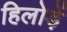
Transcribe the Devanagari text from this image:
हिलोड़ें